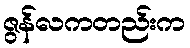
ဇွန်လကတည်းက